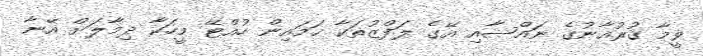
ވީމާ ޤުރުއާނުގެ ނައްޞާއި އޭގެ ލަފްޒުތަކާ ހަމައިން ހުއްޓޭ މީހަކާ ދިމާލަށް އޭނާ